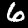
Digit: 6